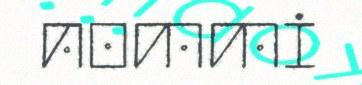
nommi